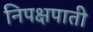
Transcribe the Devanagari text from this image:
निपक्षपाती